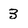
Character: 3